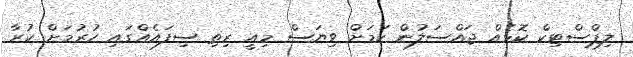
ލިޕްސްޓިކް ކޮޅެއް ޖައްސަލުން ކަމަށް ވިޔަސް މިއީ ރިތި ސިފައެއްގައި ހުރުމަށް ކުރާ